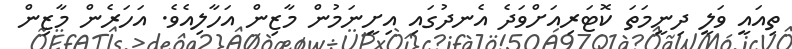
ތިއައީ ވަލީ ދިނީމަތަ ކޮޓަރިއަށްވަދެ އެނދުގައި އިށީނަމުން މާޒިން އަހާލިއެވެ. އަހަރެން މާޒިން